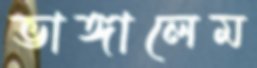
ভাঙ্গালেম